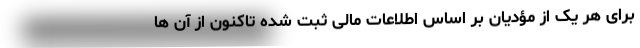
برای هر یک از مؤدیان بر اساس اطلاعات مالی ثبت شده تاکنون از آن ها